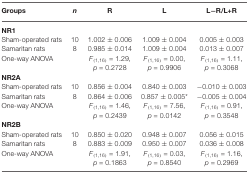
<table><thead><tr><td><b>Groups</b></td><td><b><i>n</i></b></td><td><b>R</b></td><td><b>L</b></td><td><b>L−R/L+R</b></td></tr></thead><tbody><tr><td><b>NR1</b></td></tr><tr><td>Sham-operated rats</td><td>10</td><td>1.002 ± 0.006</td><td>1.009 ± 0.004</td><td>0.005 ± 0.003</td></tr><tr><td>Samaritan rats</td><td>8</td><td>0.985 ± 0.014</td><td>1.009 ± 0.004</td><td>0.013 ± 0.007</td></tr><tr><td>One-way ANOVA</td><td></td><td><i>F</i><sub>(1,16)</sub> = 1.29,</td><td><i>F</i><sub>(1,16)</sub> = 0.00,</td><td><i>F</i><sub>(1,16)</sub> = 1.11,</td></tr><tr><td></td><td></td><td><i>p</i> = 0.2728</td><td><i>p</i> = 0.9906</td><td><i>p</i> = 0.3068</td></tr><tr><td><b>NR2A</b></td></tr><tr><td>Sham-operated rats</td><td>10</td><td>0.856 ± 0.004</td><td>0.840 ± 0.003</td><td>−0.010 ± 0.003</td></tr><tr><td>Samaritan rats</td><td>8</td><td>0.864 ± 0.006</td><td>0.857 ± 0.005*</td><td>−0.005 ± 0.004</td></tr><tr><td>One-way ANOVA</td><td></td><td><i>F</i><sub>(1,16)</sub> = 1.46,</td><td><i>F</i><sub>(1,16)</sub> = 7.56,</td><td><i>F</i><sub>(1,16)</sub> = 0.91,</td></tr><tr><td></td><td></td><td><i>p</i> = 0.2439</td><td><i>p</i> = 0.0142</td><td><i>p</i> = 0.3548</td></tr><tr><td><b>NR2B</b></td></tr><tr><td>Sham-operated rats</td><td>10</td><td>0.850 ± 0.020</td><td>0.948 ± 0.007</td><td>0.056 ± 0.015</td></tr><tr><td>Samaritan rats</td><td>8</td><td>0.883 ± 0.009</td><td>0.950 ± 0.007</td><td>0.036 ± 0.008</td></tr><tr><td>One-way ANOVA</td><td></td><td><i>F</i><sub>(1,16)</sub> = 1.91,</td><td><i>F</i><sub>(1,16)</sub> = 0.03,</td><td><i>F</i><sub>(1,16)</sub> = 1.16,</td></tr><tr><td></td><td></td><td><i>p</i> = 0.1863</td><td><i>p</i> = 0.8540</td><td><i>p</i> = 0.2969</td></tr></tbody></table>